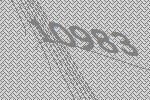
10983